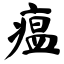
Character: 瘟